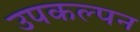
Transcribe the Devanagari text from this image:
उपकल्पन